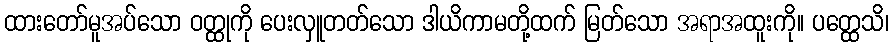
ထားတော်မူအပ်သော ဝတ္ထုကို ပေးလှူတတ်သော ဒါယိကာမတို့ထက် မြတ်သော အရာအထူးကို။ ပတ္ထေသိ၊